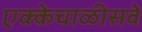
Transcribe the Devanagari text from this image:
एक्केचाळीसवे